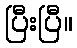
ပြီးပြီ။